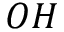
O H